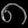
Digit: ၈